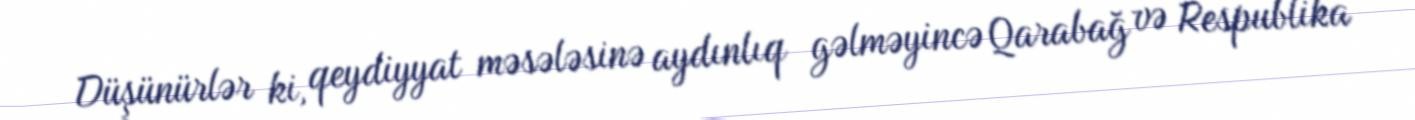
Düşünürlər ki, qeydiyyat məsələsinə aydınlıq gəlməyincə Qarabağ və Respublika